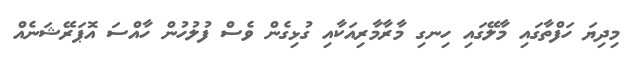
މިދިޔަ ހަފްތާގައި މާލޭގައި ހިނގި މާރާމާރިއަކާއި ގުޅިގެން ވެސް ފުލުހުން ހާއްސަ އޮޕަރޭޝަނެއް